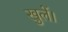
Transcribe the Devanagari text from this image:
खुलें।